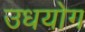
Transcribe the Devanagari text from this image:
उधयोग